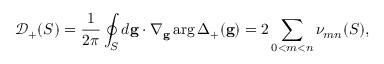
\mathcal { D } _ { + } ( S ) = \frac { 1 } { 2 \pi } \oint _ { S } d \mathbf { g } \cdot \nabla _ { \mathbf { g } } \arg \Delta _ { + } ( \mathbf { g } ) = 2 \sum _ { 0 < m < n } \nu _ { m n } ( S ) ,